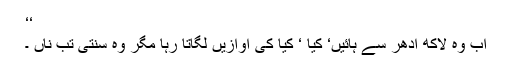
‘‘
اب وہ لاکھ ادھر سے ہائیں‘ کیا ‘ کیا کی آوازیں لگاتا رہا مگر وہ سنتی تب ناں ۔